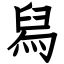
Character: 舄